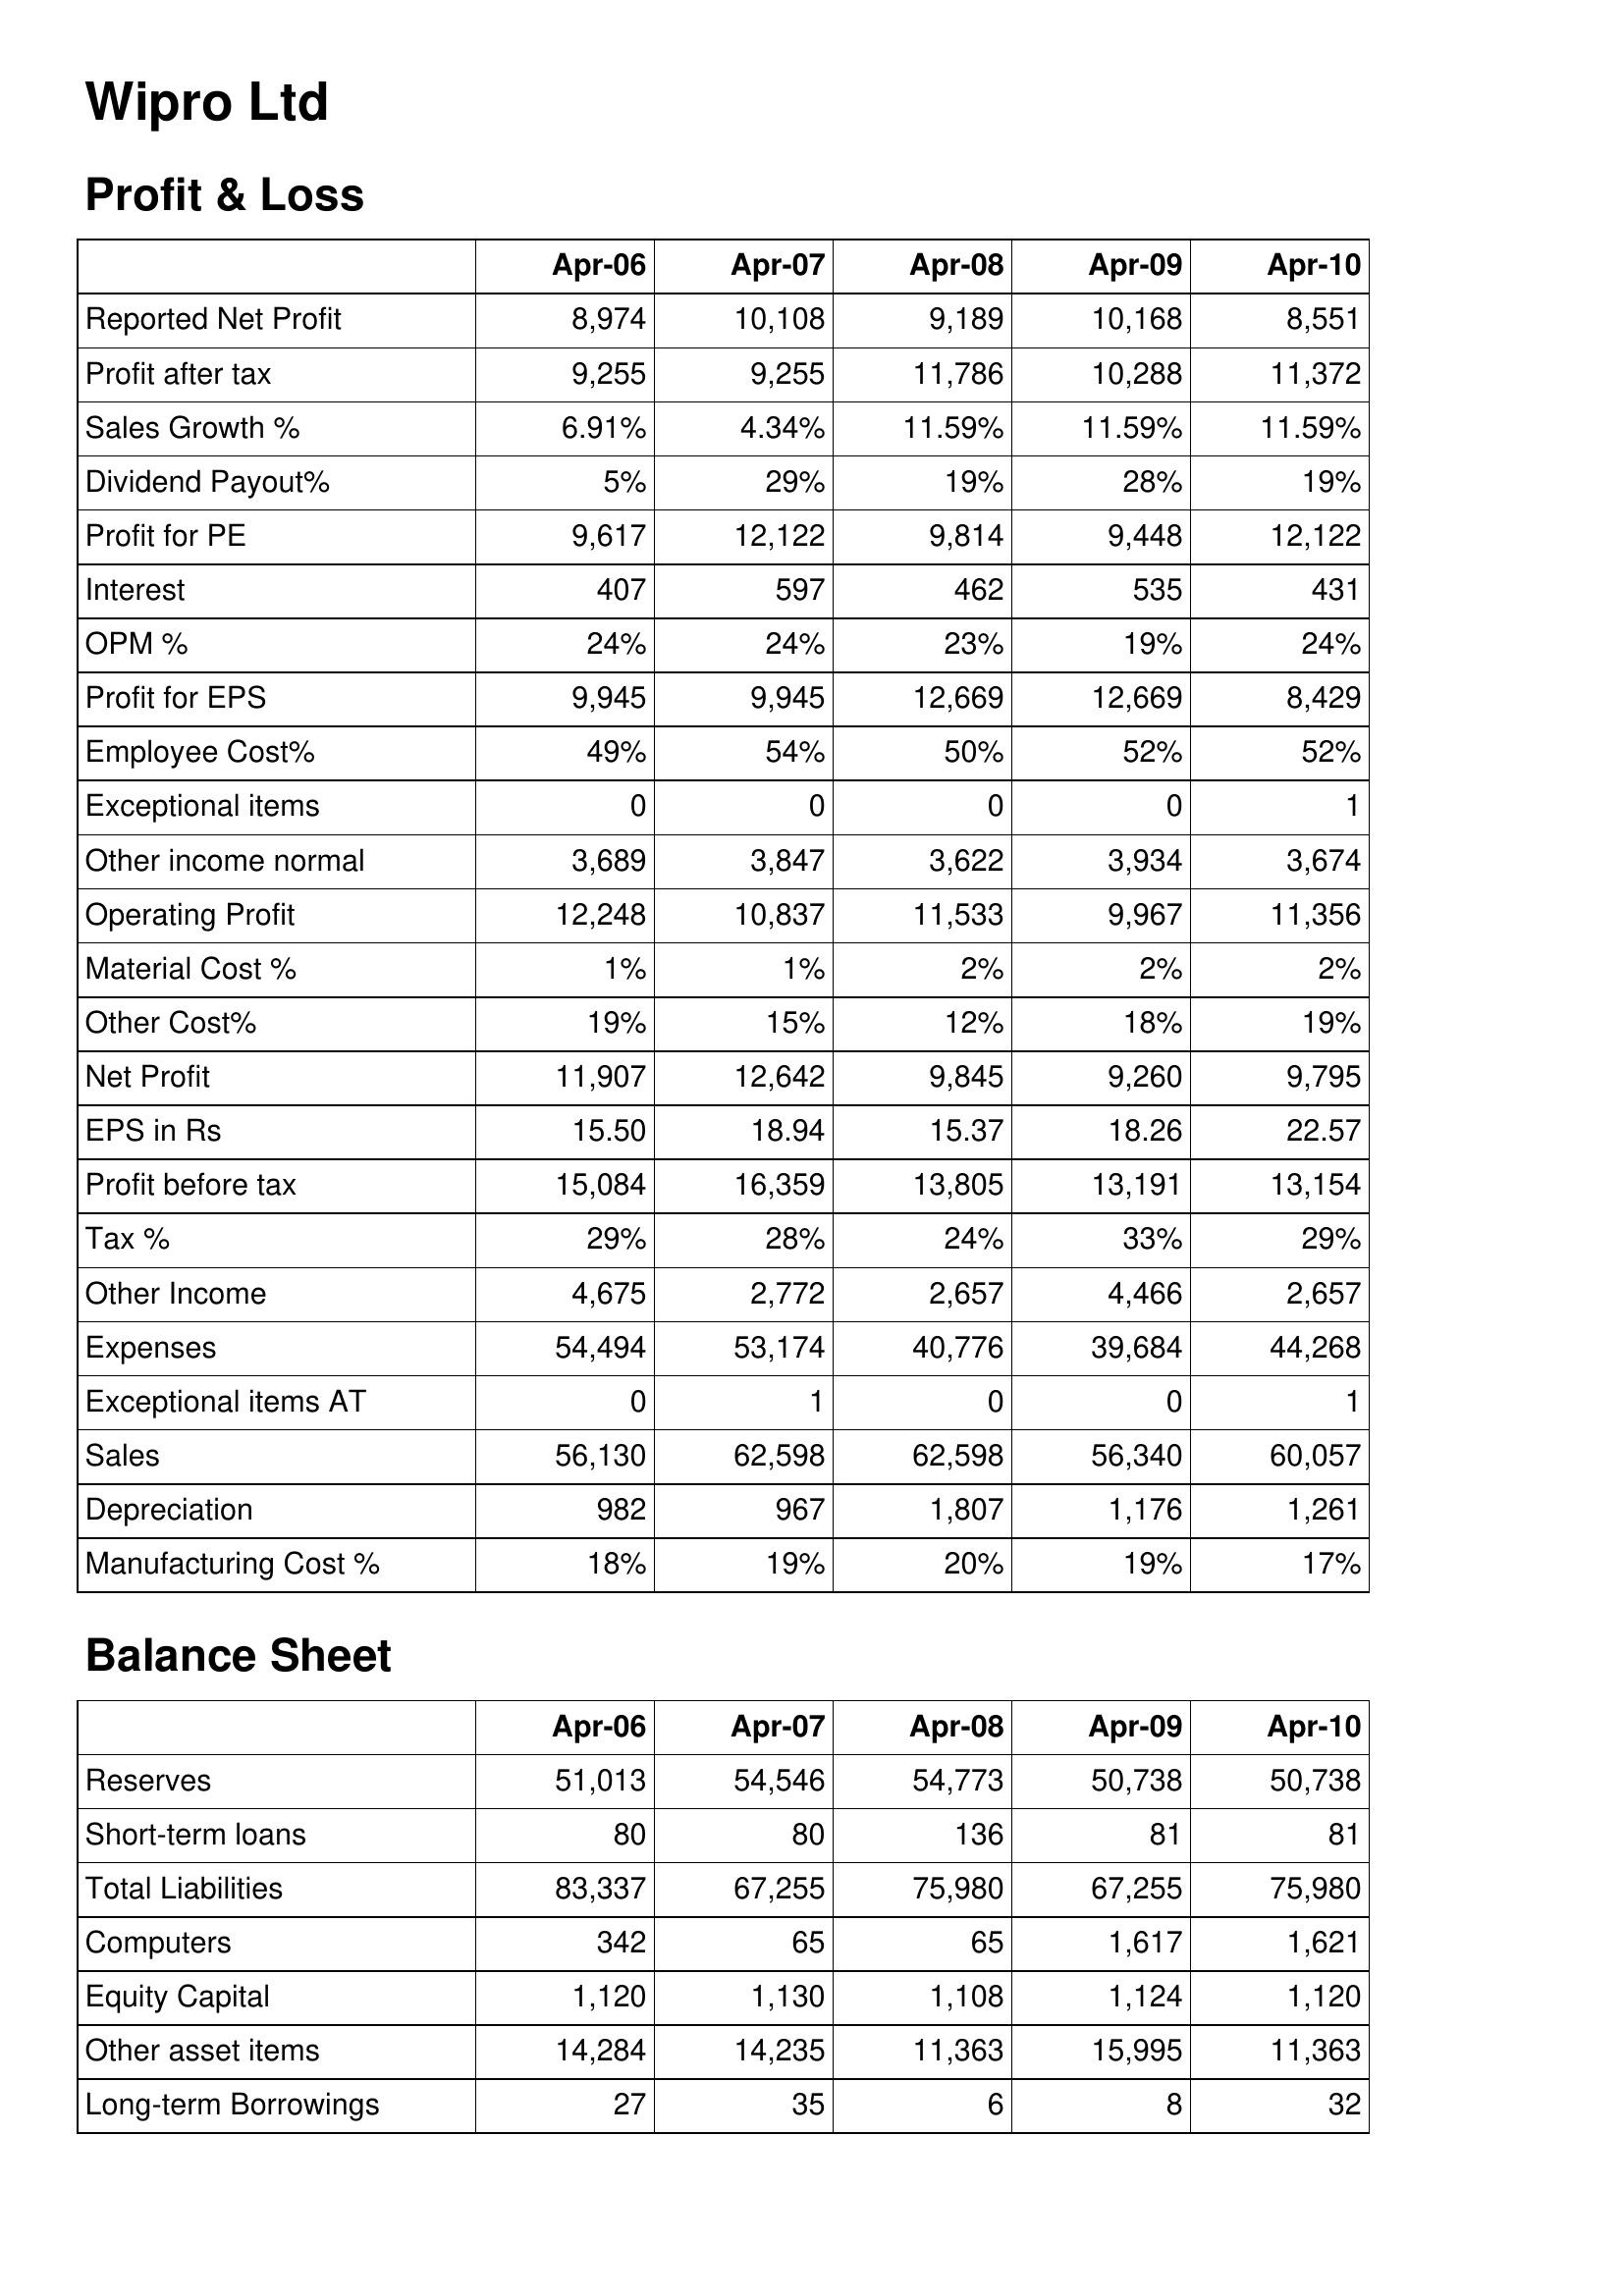
Apr-06: Profit & Loss: Reported Net Profit: 8,974
Profit after tax: 9,255
Sales Growth %: 6.91%
Dividend Payout%: 5%
Profit for PE: 9,617
Interest: 407
OPM %: 24%
Profit for EPS: 9,945
Employee Cost%: 49%
Exceptional items: 0
Other income normal: 3,689
Operating Profit: 12,248
Material Cost %: 1%
Other Cost%: 19%
Net Profit: 11,907
EPS in Rs: 15.50
Profit before tax: 15,084
Tax %: 29%
Other Income: 4,675
Expenses: 54,494
Exceptional items AT: 0
Sales: 56,130
Depreciation: 982
Manufacturing Cost %: 18%
Balance Sheet: Reserves: 51,013
Short-term loans: 80
Total Liabilities: 83,337
Computers: 342
Equity Capital: 1,120
Other asset items: 14,284
Long-term Borrowings: 27
Apr-07: Profit & Loss: Reported Net Profit: 10,108
Profit after tax: 9,255
Sales Growth %: 4.34%
Dividend Payout%: 29%
Profit for PE: 12,122
Interest: 597
OPM %: 24%
Profit for EPS: 9,945
Employee Cost%: 54%
Exceptional items: 0
Other income normal: 3,847
Operating Profit: 10,837
Material Cost %: 1%
Other Cost%: 15%
Net Profit: 12,642
EPS in Rs: 18.94
Profit before tax: 16,359
Tax %: 28%
Other Income: 2,772
Expenses: 53,174
Exceptional items AT: 1
Sales: 62,598
Depreciation: 967
Manufacturing Cost %: 19%
Balance Sheet: Reserves: 54,546
Short-term loans: 80
Total Liabilities: 67,255
Computers: 65
Equity Capital: 1,130
Other asset items: 14,235
Long-term Borrowings: 35
Apr-08: Profit & Loss: Reported Net Profit: 9,189
Profit after tax: 11,786
Sales Growth %: 11.59%
Dividend Payout%: 19%
Profit for PE: 9,814
Interest: 462
OPM %: 23%
Profit for EPS: 12,669
Employee Cost%: 50%
Exceptional items: 0
Other income normal: 3,622
Operating Profit: 11,533
Material Cost %: 2%
Other Cost%: 12%
Net Profit: 9,845
EPS in Rs: 15.37
Profit before tax: 13,805
Tax %: 24%
Other Income: 2,657
Expenses: 40,776
Exceptional items AT: 0
Sales: 62,598
Depreciation: 1,807
Manufacturing Cost %: 20%
Balance Sheet: Reserves: 54,773
Short-term loans: 136
Total Liabilities: 75,980
Computers: 65
Equity Capital: 1,108
Other asset items: 11,363
Long-term Borrowings: 6
Apr-09: Profit & Loss: Reported Net Profit: 10,168
Profit after tax: 10,288
Sales Growth %: 11.59%
Dividend Payout%: 28%
Profit for PE: 9,448
Interest: 535
OPM %: 19%
Profit for EPS: 12,669
Employee Cost%: 52%
Exceptional items: 0
Other income normal: 3,934
Operating Profit: 9,967
Material Cost %: 2%
Other Cost%: 18%
Net Profit: 9,260
EPS in Rs: 18.26
Profit before tax: 13,191
Tax %: 33%
Other Income: 4,466
Expenses: 39,684
Exceptional items AT: 0
Sales: 56,340
Depreciation: 1,176
Manufacturing Cost %: 19%
Balance Sheet: Reserves: 50,738
Short-term loans: 81
Total Liabilities: 67,255
Computers: 1,617
Equity Capital: 1,124
Other asset items: 15,995
Long-term Borrowings: 8
Apr-10: Profit & Loss: Reported Net Profit: 8,551
Profit after tax: 11,372
Sales Growth %: 11.59%
Dividend Payout%: 19%
Profit for PE: 12,122
Interest: 431
OPM %: 24%
Profit for EPS: 8,429
Employee Cost%: 52%
Exceptional items: 1
Other income normal: 3,674
Operating Profit: 11,356
Material Cost %: 2%
Other Cost%: 19%
Net Profit: 9,795
EPS in Rs: 22.57
Profit before tax: 13,154
Tax %: 29%
Other Income: 2,657
Expenses: 44,268
Exceptional items AT: 1
Sales: 60,057
Depreciation: 1,261
Manufacturing Cost %: 17%
Balance Sheet: Reserves: 50,738
Short-term loans: 81
Total Liabilities: 75,980
Computers: 1,621
Equity Capital: 1,120
Other asset items: 11,363
Long-term Borrowings: 32